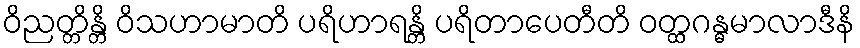
ဝိညတ္တိန္တိ ဝိသဟာမာတိ ပရိဟာရန္တိ ပရိတာပေတီတိ ဝတ္ထဂန္ဓမာလာဒီနိ